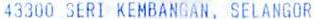
43300 SERI KEMBANGAN, SELANGOR